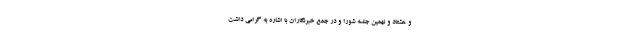
و هشتاد و نهمین جلسه شورا و در جمع خبرنگاران با اشاره به گرامی داشت